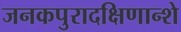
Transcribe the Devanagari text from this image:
जनकपुरादक्षिणान्शे